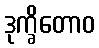
ဒုက္ခိတောဝ